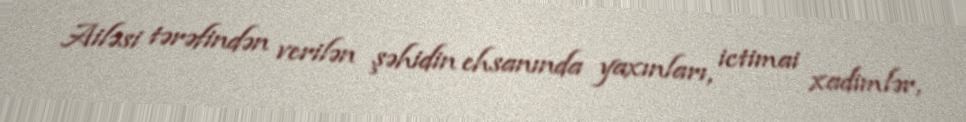
Ailəsi tərəfindən verilən şəhidin ehsanında yaxınları, ictimai xadimlər,